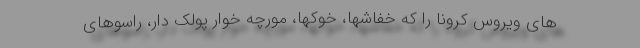
های ویروس کرونا را که خفاشها، خوکها، مورچه خوار پولک دار، راسوهای